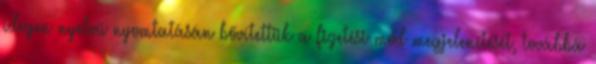
idegen nyelvű nyomtatásán bővítettük a fizetési mód megjelenítését, továbbá